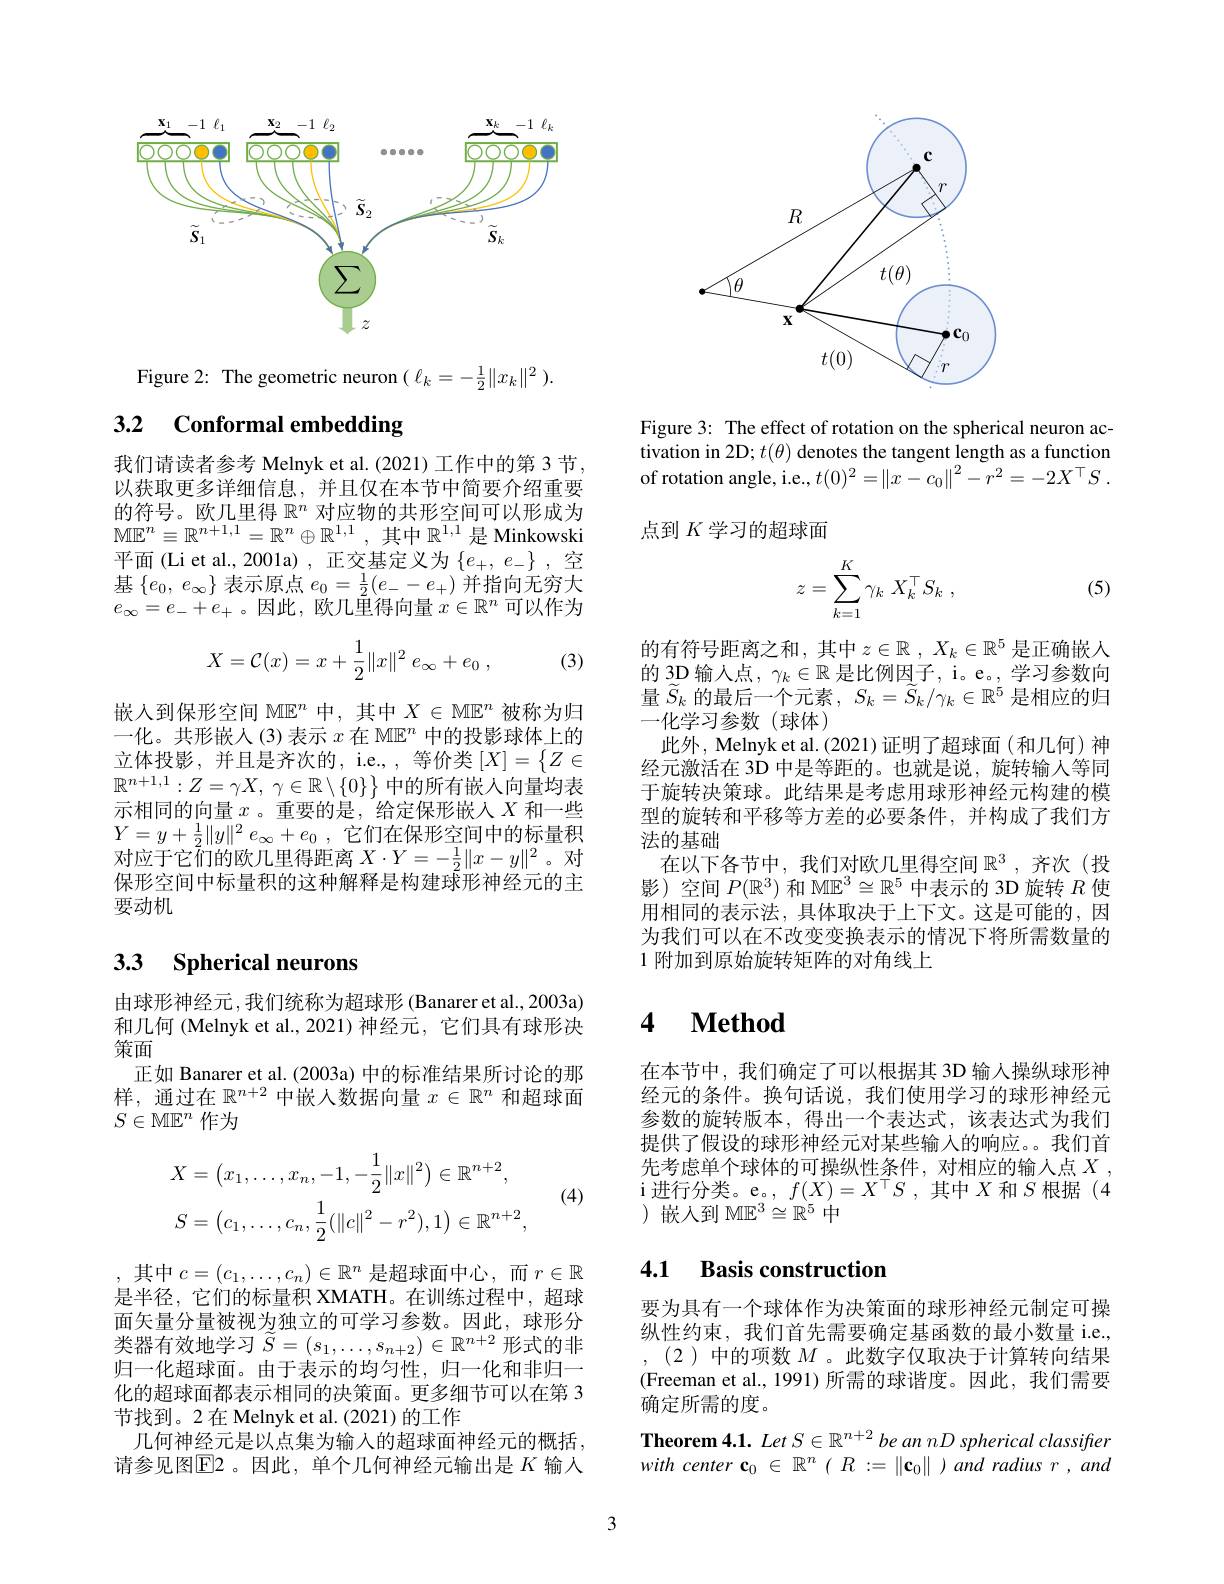
<FigureHere>

Figure 2: The geometric neuron $(\ell_k=-\frac{1}{2}\|x_k\|^2).$

## 3.2 $\textbf{Conformal embedding}$

我们请读者参考 Melnyk et al.(2021) 工作中的第 3 节以获取更多详细信息，并且仅在本节中简要介绍重要的符号。欧几里得$\mathbb{R}^n$对应物的共形空间可以形成为$\mathbb{ME}^n\equiv\mathbb{R}^{n+1,1}=\mathbb{R}^n\oplus\mathbb{R}^{1,1}$,其中$\mathbb{R}^1$,是 Minkowski 平面(Li et al., 2001a) , 正交基定义为$\{e_+,e_-\}$ ,空基$\left\{e_0,\:e_\infty\right\}$表示原点 $e_0= \frac 12( e_- - e_+ )$并指向无穷大$e_{\infty}=e_{-}+e_{+}$。因此$,\tilde\text{欧几里得向量 }x\in\mathbb{R}^n$可以作为
$$X=\mathcal C(x)=x+\frac{1}{2}\|x\|^2\:e_\infty+e_0\:,$$
(3)

嵌入到保形空间 M$\mathbb{E}^n$中，其中$X\in\mathbb{M}\mathbb{E}^n$被称为归一化。共形嵌入(3)表示$x$在 M$\mathbb{E}^n$中的投影球体上的立体投影，并且是齐次的，i.e., 等价类$[X]=\{Z\in$ $\mathbb{R} ^{n+ 1, 1}: Z= \gamma X$, $\gamma \in \mathbb{R} \setminus \{ 0\}$中的所有嵌入向量均表示相同的向量$x$ 。重要的是，给定保形嵌入$X$和一些$Y= y+ \frac 12\| y\| ^{2}e_{\infty }+ e_{0}$ ,它们在保形空间中的标量积对应于它们的欧几里得距离$X\cdot Y=-\frac12\|x-y\|^2$。对保形空间中标量积的这种解释是构建球形神经元的主要动机

## 3.3 $\textbf{Spherical neurons}$

由球形神经元，我们统称为超球形 (Banarer et al., 2003a) 和几何 (Melnyk et al.,2021)神经元，它们具有球形决策面
正如 Banarer et al. (2003a) 中的标准结果所讨论的那样，通过在$\mathbb{R}^n+2$中嵌人数据向量$x\in\mathbb{R}^n$和超球面$S\in\mathbb{M}\mathbb{E}^n$作为
$$X=\begin{pmatrix}x_1,\ldots,x_n,-1,-\frac12\|x\|^2\end{pmatrix}\in\mathbb{R}^{n+2},\\S=\begin{pmatrix}c_1,\ldots,c_n,\frac12(\|c\|^2-r^2),1\end{pmatrix}\in\mathbb{R}^{n+2},$$
(4)

其中$c=(c_1,\ldots,c_n)\in\mathbb{R}^n$ 是超球面中心，而 $r\in\mathbb{R}$ 是半径，它们的标量积 XMATH。在训练过程中，超球面矢量分量被视为独立的可学习参数。因此，球形分类器有效地学习$\tilde{S}=(s_1,\ldots,s_{n+2})\in\mathbb{R}^{n+2}$形式的非归一化超球面。由于表示的均匀性，归一化和非归一化的超球面都表示相同的决策面。更多细节可以在第 3节找到。2 在 Melnyk et al. (2021) 的工作
几何神经元是以点集为输入的超球面神经元的概括， 请参见图$\operatorname{E2}$。因此，单个几何神经元输出是 $K$ 输入

<FigureHere>

Figure 3: The effect of rotation on the spherical neuron activation in 2D; $t(\theta)$ denotes the tangent length as a function of rotation angle, i.e., $t( 0) ^2= \left \| x- c_{0}\right \| ^2- r^2= - 2X^{\top }S$ . 点到$K$学习的超球面

(5)
$$z=\sum\limits_{k=1}^K\gamma_k\:X_k^\top S_k\:,$$
的有符号距离之和，其中$z\in \mathbb{R}$ , $X_k\in \mathbb{R} ^5$是正确嵌人的 3D 输入点$,\gamma_k\in\mathbb{R}$是比例因子，i。e。,学习参数向量$\widetilde{S}_k$的最后一个元素，$S_k= \widetilde{S} _k/ \gamma _k\in \mathbb{R} ^5$是相应的归一化学习参数(球体)
此外，Melnyk et al.(2021)证明了超球面(和几何)神经元激活在 3D 中是等距的。也就是说，旋转输人等同于旋转决策球。此结果是考虑用球形神经元构建的模型的旋转和平移等方差的必要条件，并构成了我们方法的基础
在以下各节中，我们对欧几里得空间$\mathbb{R}^3$ ,齐次(投影)空间$P(\mathbb{R}^3)$和 M$\mathbb{E}^3\cong\mathbb{R}^5$中表示的 3D 旋转$R$使用相同的表示法，具体取决于上下文。这是可能的，因为我们可以在不改变变换表示的情况下将所需数量的1 附加到原始旋转矩阵的对角线上

### $\textbf{4}$ $\textbf{Method}$

在本节中，我们确定了可以根据其 3D 输入操纵球形神经元的条件。换句话说，我们使用学习的球形神经元参数的旋转版本，得出一个表达式，该表达式为我们提供了假设的球形神经元对某些输入的响应。。我们首先考虑单个球体的可操纵性条件，对相应的输入点$X$ i进行分类。e。$,f(X)=X^\top S$,其中$X$和$S$根据(4 )嵌入到 M$\mathbb{E}^3\cong\mathbb{R}^5$中

### 4.1 Basis construction

要为具有一个球体作为决策面的球形神经元制定可操纵性约束，我们首先需要确定基函数的最小数量 i.e.
(2)中的项数$M$ 。此数字仅取决于计算转向结果(Freeman et al., 1991) 所需的球谐度。因此，我们需要确定所需的度。
Theorem 4.1. Let S $\in\mathbb{R}^{n+2}$ be an nD spherical classifrer with center c$_0\in\mathbb{R}^n(R:=\|\mathbf{c}_0\|)and$ radius $r,and$

3